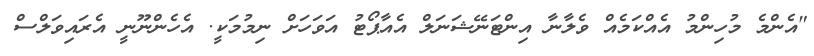
"އެންމެ މުހިންމު އެއްކަމެއް ވެލާނާ އިންޓަނޭޝަނަލް އެއާޕޯޓު އަވަހަށް ނިމުމަކީ. އެހެންނޫނީ އެރައިވަލްސް